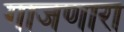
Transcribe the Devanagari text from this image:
गाजणारा